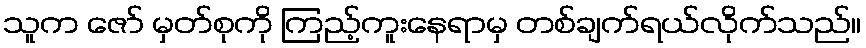
သူက ဇော် မှတ်စုကို ကြည့်ကူးနေရာမှ တစ်ချက်ရယ်လိုက်သည်။